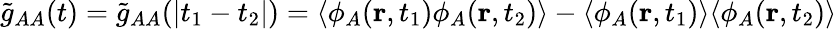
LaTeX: \tilde{g}_{AA}(t)=\tilde{g}_{AA}(|t_{1}-t_{2}|)=\langle\phi_{A}(\mathbf{r},t_{1})\phi_{A}(\mathbf{r},t_{2})\rangle-\langle\phi_{A}(\mathbf{r},t_{1})\rangle\langle\phi_{A}(\mathbf{r},t_{2})\rangle